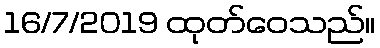
16/7/2019 ထုတ်ဝေသည်။